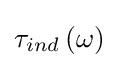
\tau _{ind}\left(\omega \right)